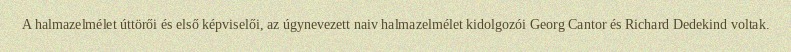
A halmazelmélet úttörői és első képviselői, az úgynevezett naiv halmazelmélet kidolgozói Georg Cantor és Richard Dedekind voltak.